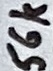
Text: 56k